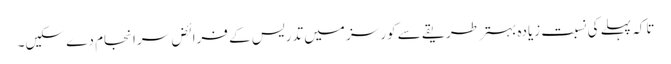
تاکہ پہلے کی نسبت زیادہ بہتر طریقے سے کورسز میں تدریس کے فرائض سرانجام دے سکیں۔